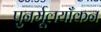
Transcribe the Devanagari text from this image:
पुनर्मूलयाँकन